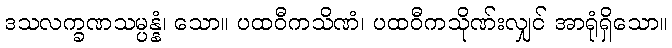
ဒသလက္ခဏသမ္ပန္နံ၊ သော။ ပထဝီကသိဏံ၊ ပထဝီကသိုဏ်းလျှင် အာရုံရှိသော။